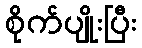
စိုက်ပျိုးပြီး